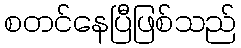
စတင်နေပြီဖြစ်သည်